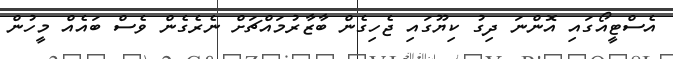
އެސްޓީއޯގައި އޮންނަ ދިގު ކިޔޫގައި ޖެހިގެން ބާޒާރުމައްޗަށް ނެރެގެން ވެސް ބައެއް މީހުން